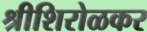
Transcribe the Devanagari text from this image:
श्रीशिरोळकर